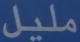
مليل